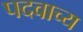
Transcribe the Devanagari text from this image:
पदवाच्य